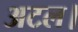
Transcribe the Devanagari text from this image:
अटल।